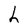
Character: h